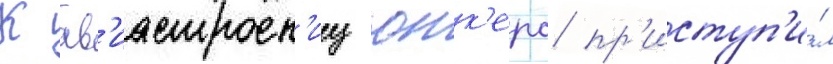
К ав'иастроен'иу юнк'ерс пр'иступ'и́л